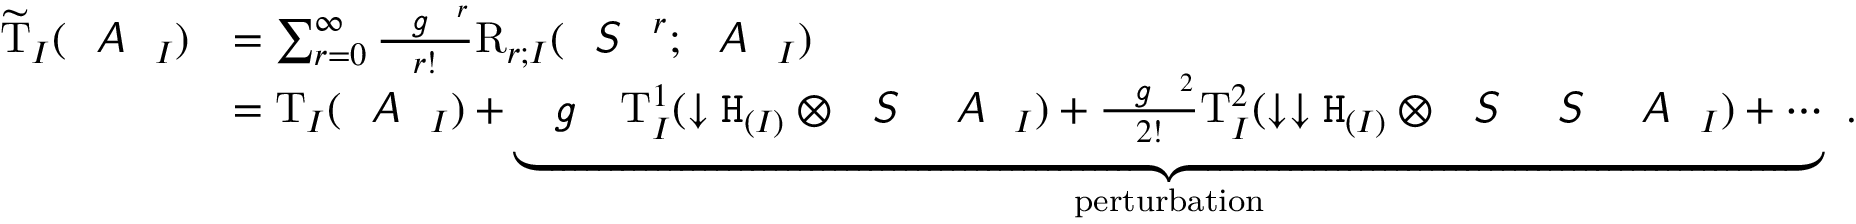
\begin{array} { r l } { \widetilde { \mathrm { T } } _ { I } ( \emph { \textsf { A } } _ { I } ) } & { = \sum _ { r = 0 } ^ { \infty } \frac { \emph { \texttt { g } } ^ { r } } { r ! } \mathrm { R } _ { r ; I } ( \emph { \textsf { S } } ^ { \, r } ; \emph { \textsf { A } } _ { I } ) } \\ & { = \mathrm { T } _ { I } ( \emph { \textsf { A } } _ { I } ) + \underbrace { \emph { \texttt { g } } \, \mathrm { T } _ { I } ^ { 1 } ( \downarrow \mathtt { H } _ { ( I ) } \otimes \emph { \textsf { S } } \emph { \textsf { A } } _ { I } ) + \frac { \emph { \texttt { g } } ^ { 2 } } { 2 ! } \mathrm { T } _ { I } ^ { 2 } ( \downarrow \downarrow \mathtt { H } _ { ( I ) } \otimes \emph { \textsf { S } } \emph { \textsf { S } } \emph { \textsf { A } } _ { I } ) + \cdots } _ { \mathrm { p e r t u r b a t i o n } } \ . } \end{array}